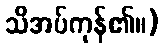
သိအပ်ကုန်၏။)